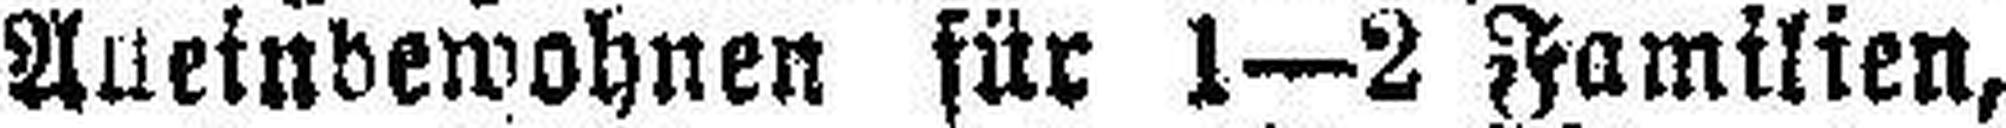
Aueinbewohnen für 1—2 Familien,